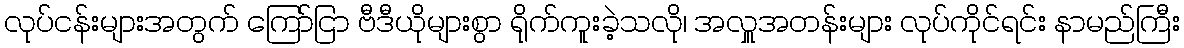
လုပ်ငန်းများအတွက် ကြော်ငြာ ဗီဒီယိုများစွာ ရိုက်ကူးခဲ့သလို၊ အလှူအတန်းများ လုပ်ကိုင်ရင်း နာမည်ကြီး